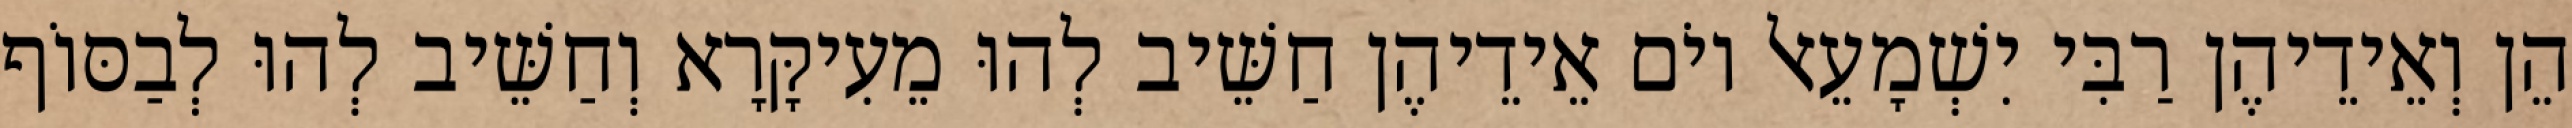
הֵן וְאֵידֵיהֶן רַבִּי יִשְׁמָעֵאל יוֹם אֵידֵיהֶן חַשֵּׁיב לְהוּ מֵעִיקָּרָא וְחַשֵּׁיב לְהוּ לְבַסּוֹף